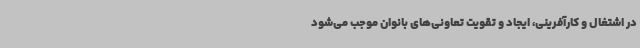
در اشتغال و کارآفرینی، ایجاد و تقویت تعاونی‌های بانوان موجب می‌شود